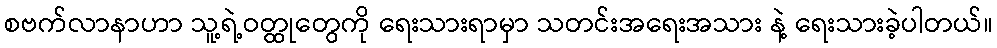
စဗက်လာနာဟာ သူ့ရဲ့ဝတ္ထုတွေကို ရေးသားရာမှာ သတင်းအရေးအသား နဲ့ ရေးသားခဲ့ပါတယ်။